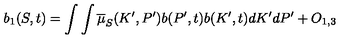
b _ { 1 } ( S , t ) = \int \int \overline { { \mu } } _ { S } ( K ^ { \prime } , P ^ { \prime } ) b ( P ^ { \prime } , t ) b ( K ^ { \prime } , t ) d K ^ { \prime } d P ^ { \prime } + O _ { 1 , 3 }